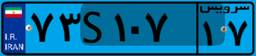
۶۸S۸۳۵۹۹